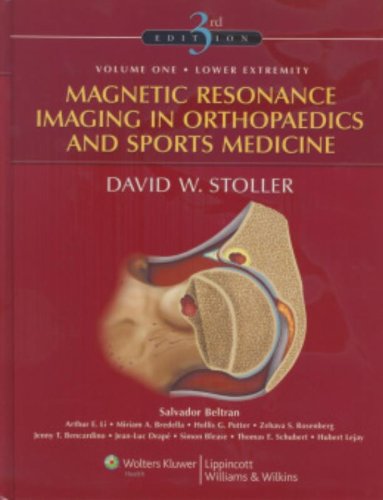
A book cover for Magnetic Resonance Imaging in Orthopaedics and Sports Medicine (2 Volume Set); David W. Stoller MD  FACR; Medical Books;